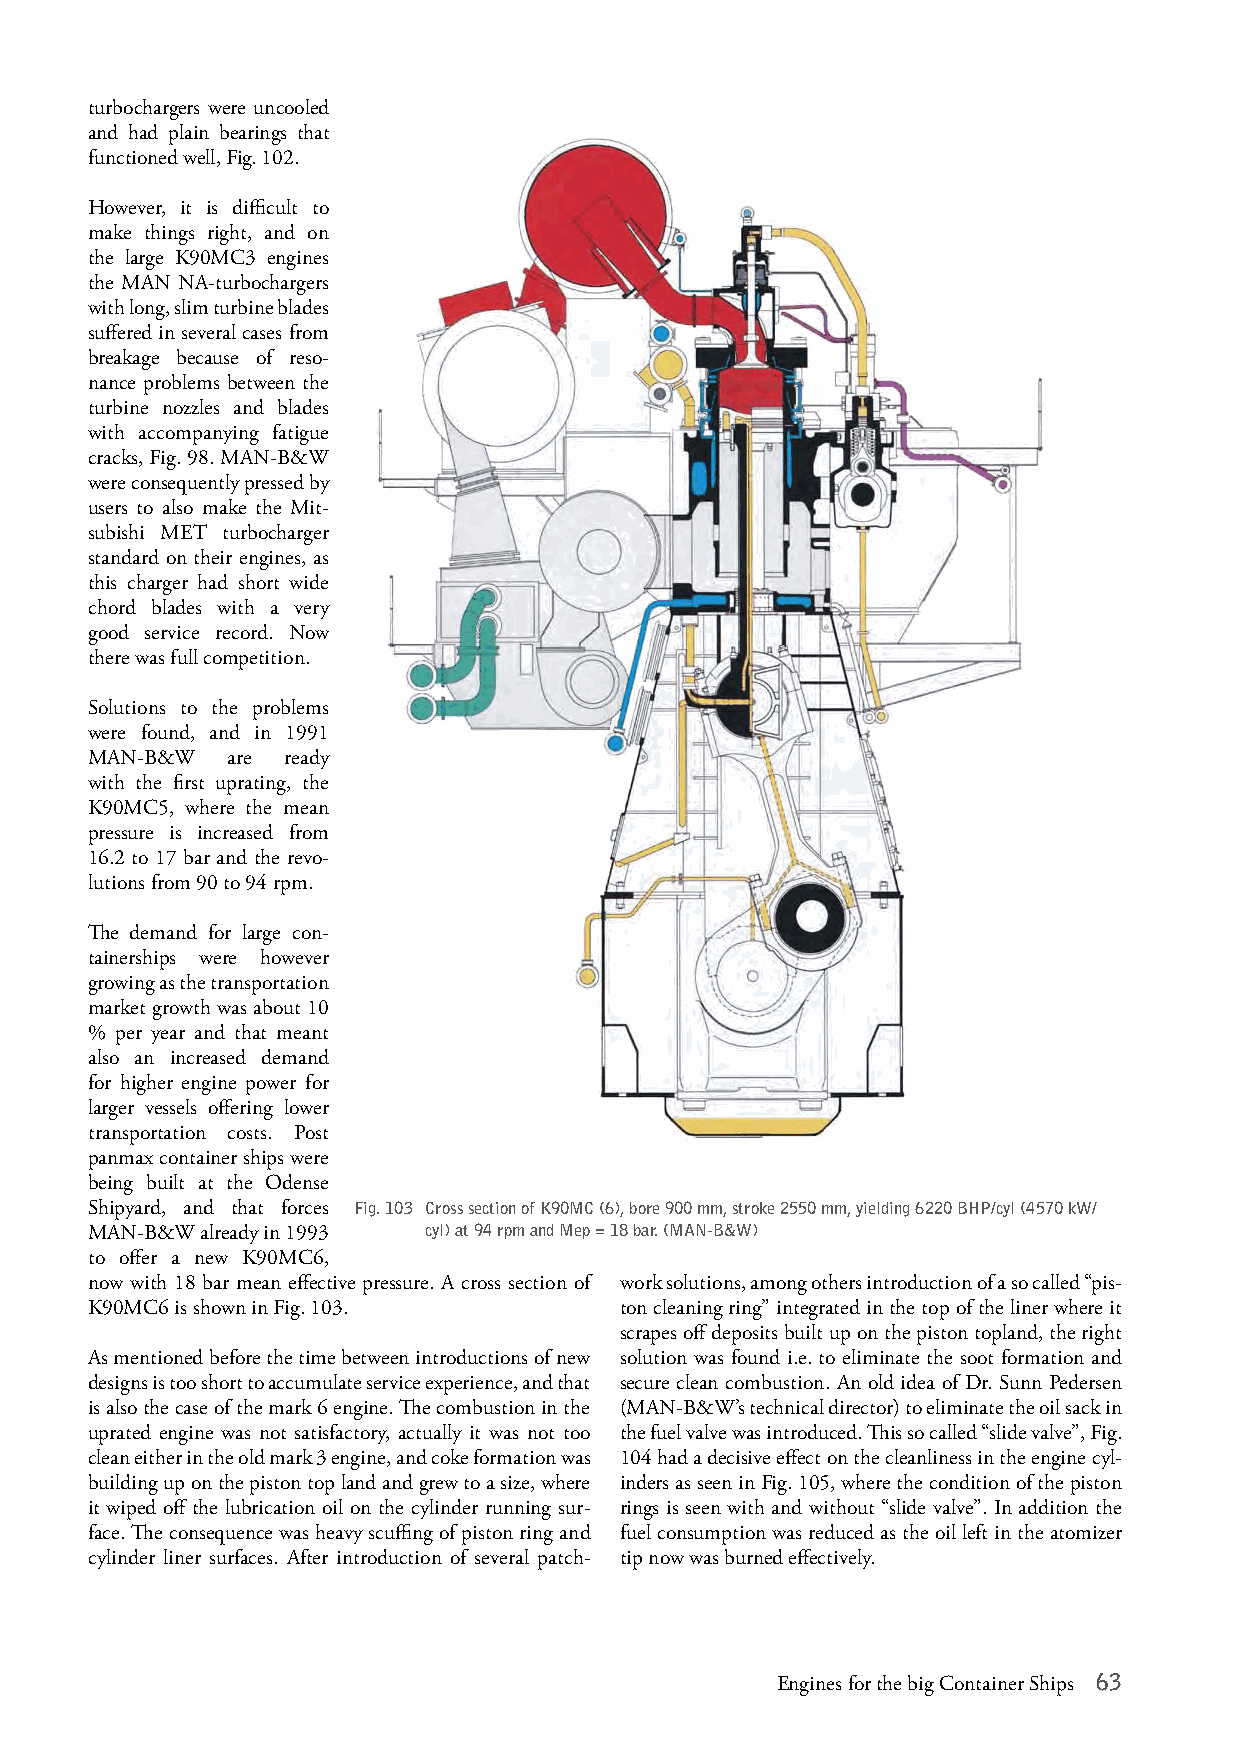
turbochargers were uncooled
 and had plain bearings that
 functioned well, Fig. 102.
 However, it is difficult to
 make things right, and on
 the large K90MC3 engines
 the MAN NA-turbochargers
 with long, slim turbine blades
 suffered in several cases from
 breakage because of reso-
 nance problems between the
 turbine nozzles and blades
 with accompanying fatigue
 cracks, Fig. 98. MAN-B&W
 were consequently pressed by
 users to also make the Mit-
 subishi MET turbocharger
 standard on their engines, as
 this charger had short wide
 chord blades with a very
 good service record. Now
 there was full competition.
 Solutions to the problems
 were found, and in 1991
 MAN-B&W  are ready
 with the first uprating, the
 K90MC5, where the mean
 pressure is increased from
 16.2 to 17 bar and the revo-
 lutions from 90 to 94 rpm.
 The demand for large con-
 tainerships were however
 growing as the transportation
 market growth was about 10
 % per year and that meant
 also an increased demand
 for higher engine power for
 larger vessels offering lower
 transportation costs. Post
 panmax container ships were
 being built at the Odense
 Shipyard, and that forces Fig. 103 Cross section of K90MC (6), bore 900 mm, stroke 2550 mm, yielding 6220 BHP/cyl (4570 kW/
 MAN-B&W already in 1993 cyl) at 94 rpm and Mep = 18 bar. (MAN-B&W)
 to offer a new K90MC6,
 now with 18 bar mean effective pressure. A cross section of work solutions, among others introduction of a so called “pis-
 K90MC6 is shown in Fig. 103.       ton cleaning ring” integrated in the top of the liner where it
 scrapes off deposits built up on the piston topland, the right
 As mentioned before the time between introductions of new solution was found i.e. to eliminate the soot formation and
 designs is too short to accumulate service experience, and that secure clean combustion. An old idea of Dr. Sunn Pedersen
 is also the case of the mark 6 engine. The combustion in the (MAN-B&W’s technical director) to eliminate the oil sack in
 uprated engine was not satisfactory, actually it was not too the fuel valve was introduced. This so called “slide valve”, Fig.
 clean either in the old mark 3 engine, and coke formation was 104 had a decisive effect on the cleanliness in the engine cyl-
 building up on the piston top land and grew to a size, where inders as seen in Fig. 105, where the condition of the piston
 it wiped off the lubrication oil on the cylinder running sur- rings is seen with and without “slide valve”. In addition the
 face. The consequence was heavy scuffing of piston ring and fuel consumption was reduced as the oil left in the atomizer
 cylinder liner surfaces. After introduction of several patch- tip now was burned effectively.
 Engines for the big Container Ships 63